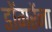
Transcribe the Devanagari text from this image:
डोंगरेंना